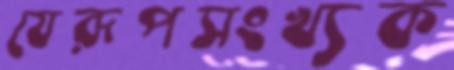
যেরূপসংখ্যক